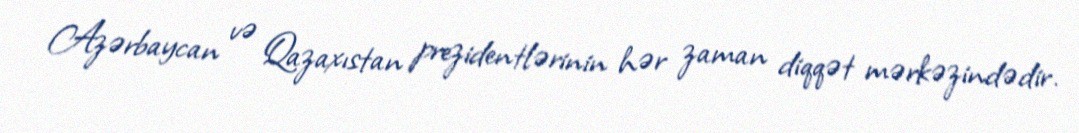
Azərbaycan və Qazaxıstan prezidentlərinin hər zaman diqqət mərkəzindədir.